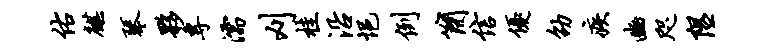
佑麒琴夥专濡刈桂沿悒例简信优劭疾豳咫隰